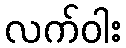
လက်ဝါး